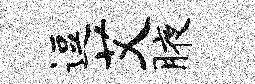
逗艾腋